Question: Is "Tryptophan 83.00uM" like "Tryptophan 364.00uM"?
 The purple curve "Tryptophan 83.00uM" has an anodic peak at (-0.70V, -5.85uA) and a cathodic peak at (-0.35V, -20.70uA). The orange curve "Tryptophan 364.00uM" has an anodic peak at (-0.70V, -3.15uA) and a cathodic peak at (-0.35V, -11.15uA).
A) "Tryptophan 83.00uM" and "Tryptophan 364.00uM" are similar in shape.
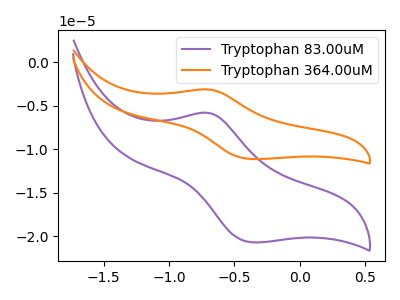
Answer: <think>All the peaks in "Tryptophan 83.00uM" have a peak in "Tryptophan 364.00uM" at the same potential.
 </think>
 <answer>A) "Tryptophan 83.00uM" and "Tryptophan 364.00uM" are similar in shape.</answer>
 <eval>A</eval>